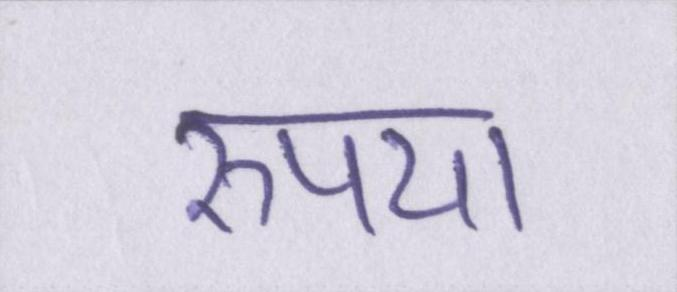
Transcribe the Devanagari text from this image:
रुपया